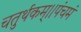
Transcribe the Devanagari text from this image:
चतुर्थकम्।।पंचमं